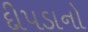
દીપડાનો